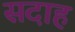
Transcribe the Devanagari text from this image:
सदाह